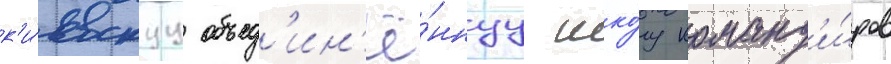
к'и́евскуу объед'ин'ё́ннуу шко́лу команд'и́ров